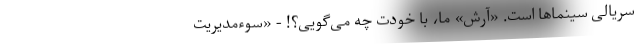
سریالی سینماها است. «آرش» ما، با خودت چه می‌گویی؟! - «سوء‌مدیریت